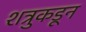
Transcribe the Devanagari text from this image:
शत्रुकडून